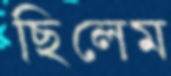
ছিলেম